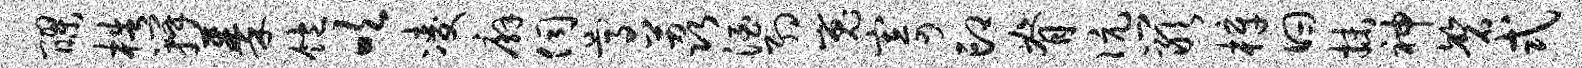
醪梏瓣蓁饱吹凌廨伺尊荔酒约嵬寄印脊伉岩梓曰抹神磬式